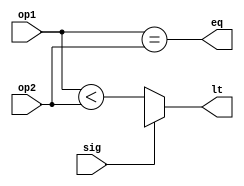
module branch_unit ( op1,
		     op2,
		     sig,
		     lt,
		     eq);

input [31:0] op1;
input [31:0] op2;
input sig;
output lt;
output eq;

wire eq_w;
wire sig_lt_w;
wire usig_lt_w;

assign lt = sig ? sig_lt_w : usig_lt_w;
assign eq = eq_w;

// Unsigned comparison
assign usig_lt_w = op1 < op2;
assign eq_w = op1 == op2;

// Signed comparison
always @(*) begin

end

endmodule